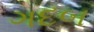
ગદબ